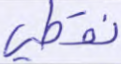
نقطي